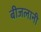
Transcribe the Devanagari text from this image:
बीजलानी